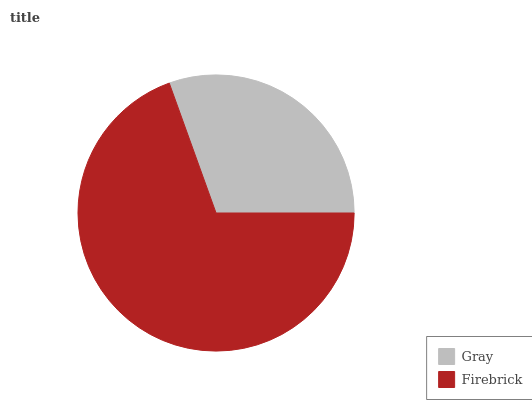
| Gray | Firebrick |
 | --- | --- |
 | 30.5% | 69.5% |